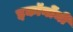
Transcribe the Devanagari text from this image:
इकॉनोंमी